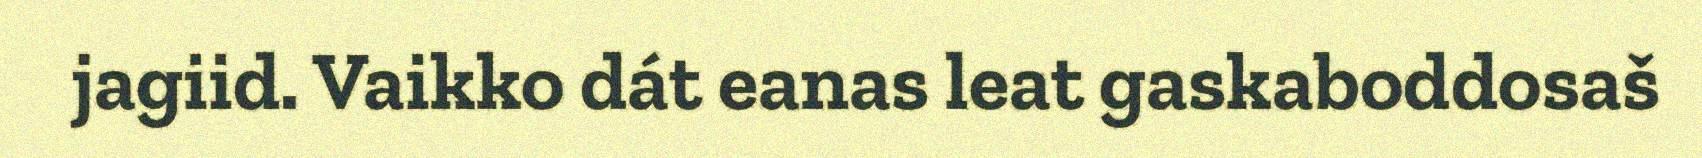
jagiid. Vaikko dát eanas leat gaskaboddosaš